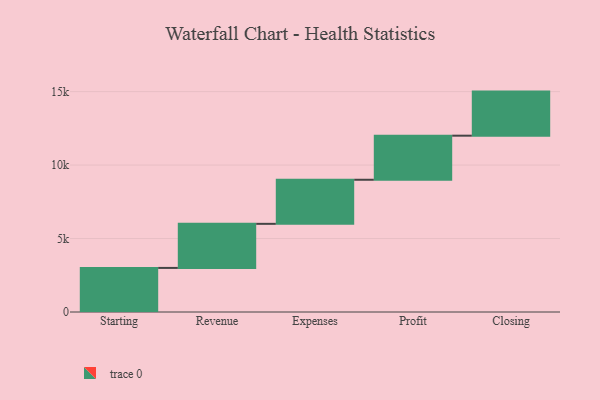
{"axis": {"x": "Step", "y": "Value"}, "legend": [""], "data": [{"x": "Starting", "y": 3000, "type": ""}, {"x": "Revenue", "y": 3000, "type": ""}, {"x": "Expenses", "y": 3000, "type": ""}, {"x": "Profit", "y": 3000, "type": ""}, {"x": "Closing", "y": 3000, "type": ""}]}